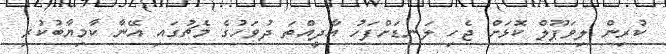
ކުރިން ލިވަޕޫލް ކޮޅަށް ޖެހި ލަނޑަށްފަހު އާދީއްތަ ދުވަހުގެ މެޗުގައި އޭނާ ކާމިޔާބުކުރި